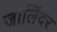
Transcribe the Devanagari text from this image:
जालिंदर